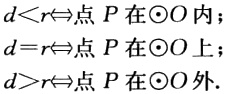
$d < r\Leftrightarrow点\ P\ 在\odot O\ 内；\\

d = r\Leftrightarrow点\ P\ 在\odot O\ 上；\\

d > r\Leftrightarrow点\ P\ 在\odot O\ 外.$